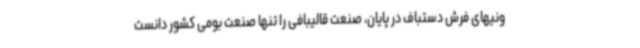
ونیهای فرش دستباف در پایان، صنعت قالیبافی را تنها صنعت بومی کشور دانست